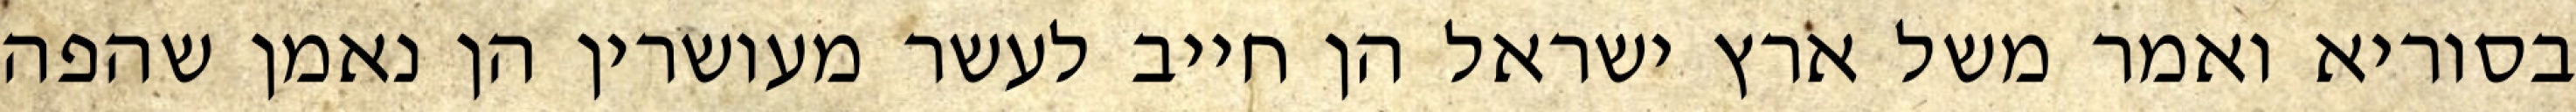
בסוריא ואמר משל ארץ ישראל הן חייב לעשר מעושרין הן נאמן שהפה